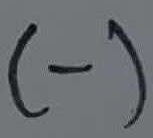
Text: (-)